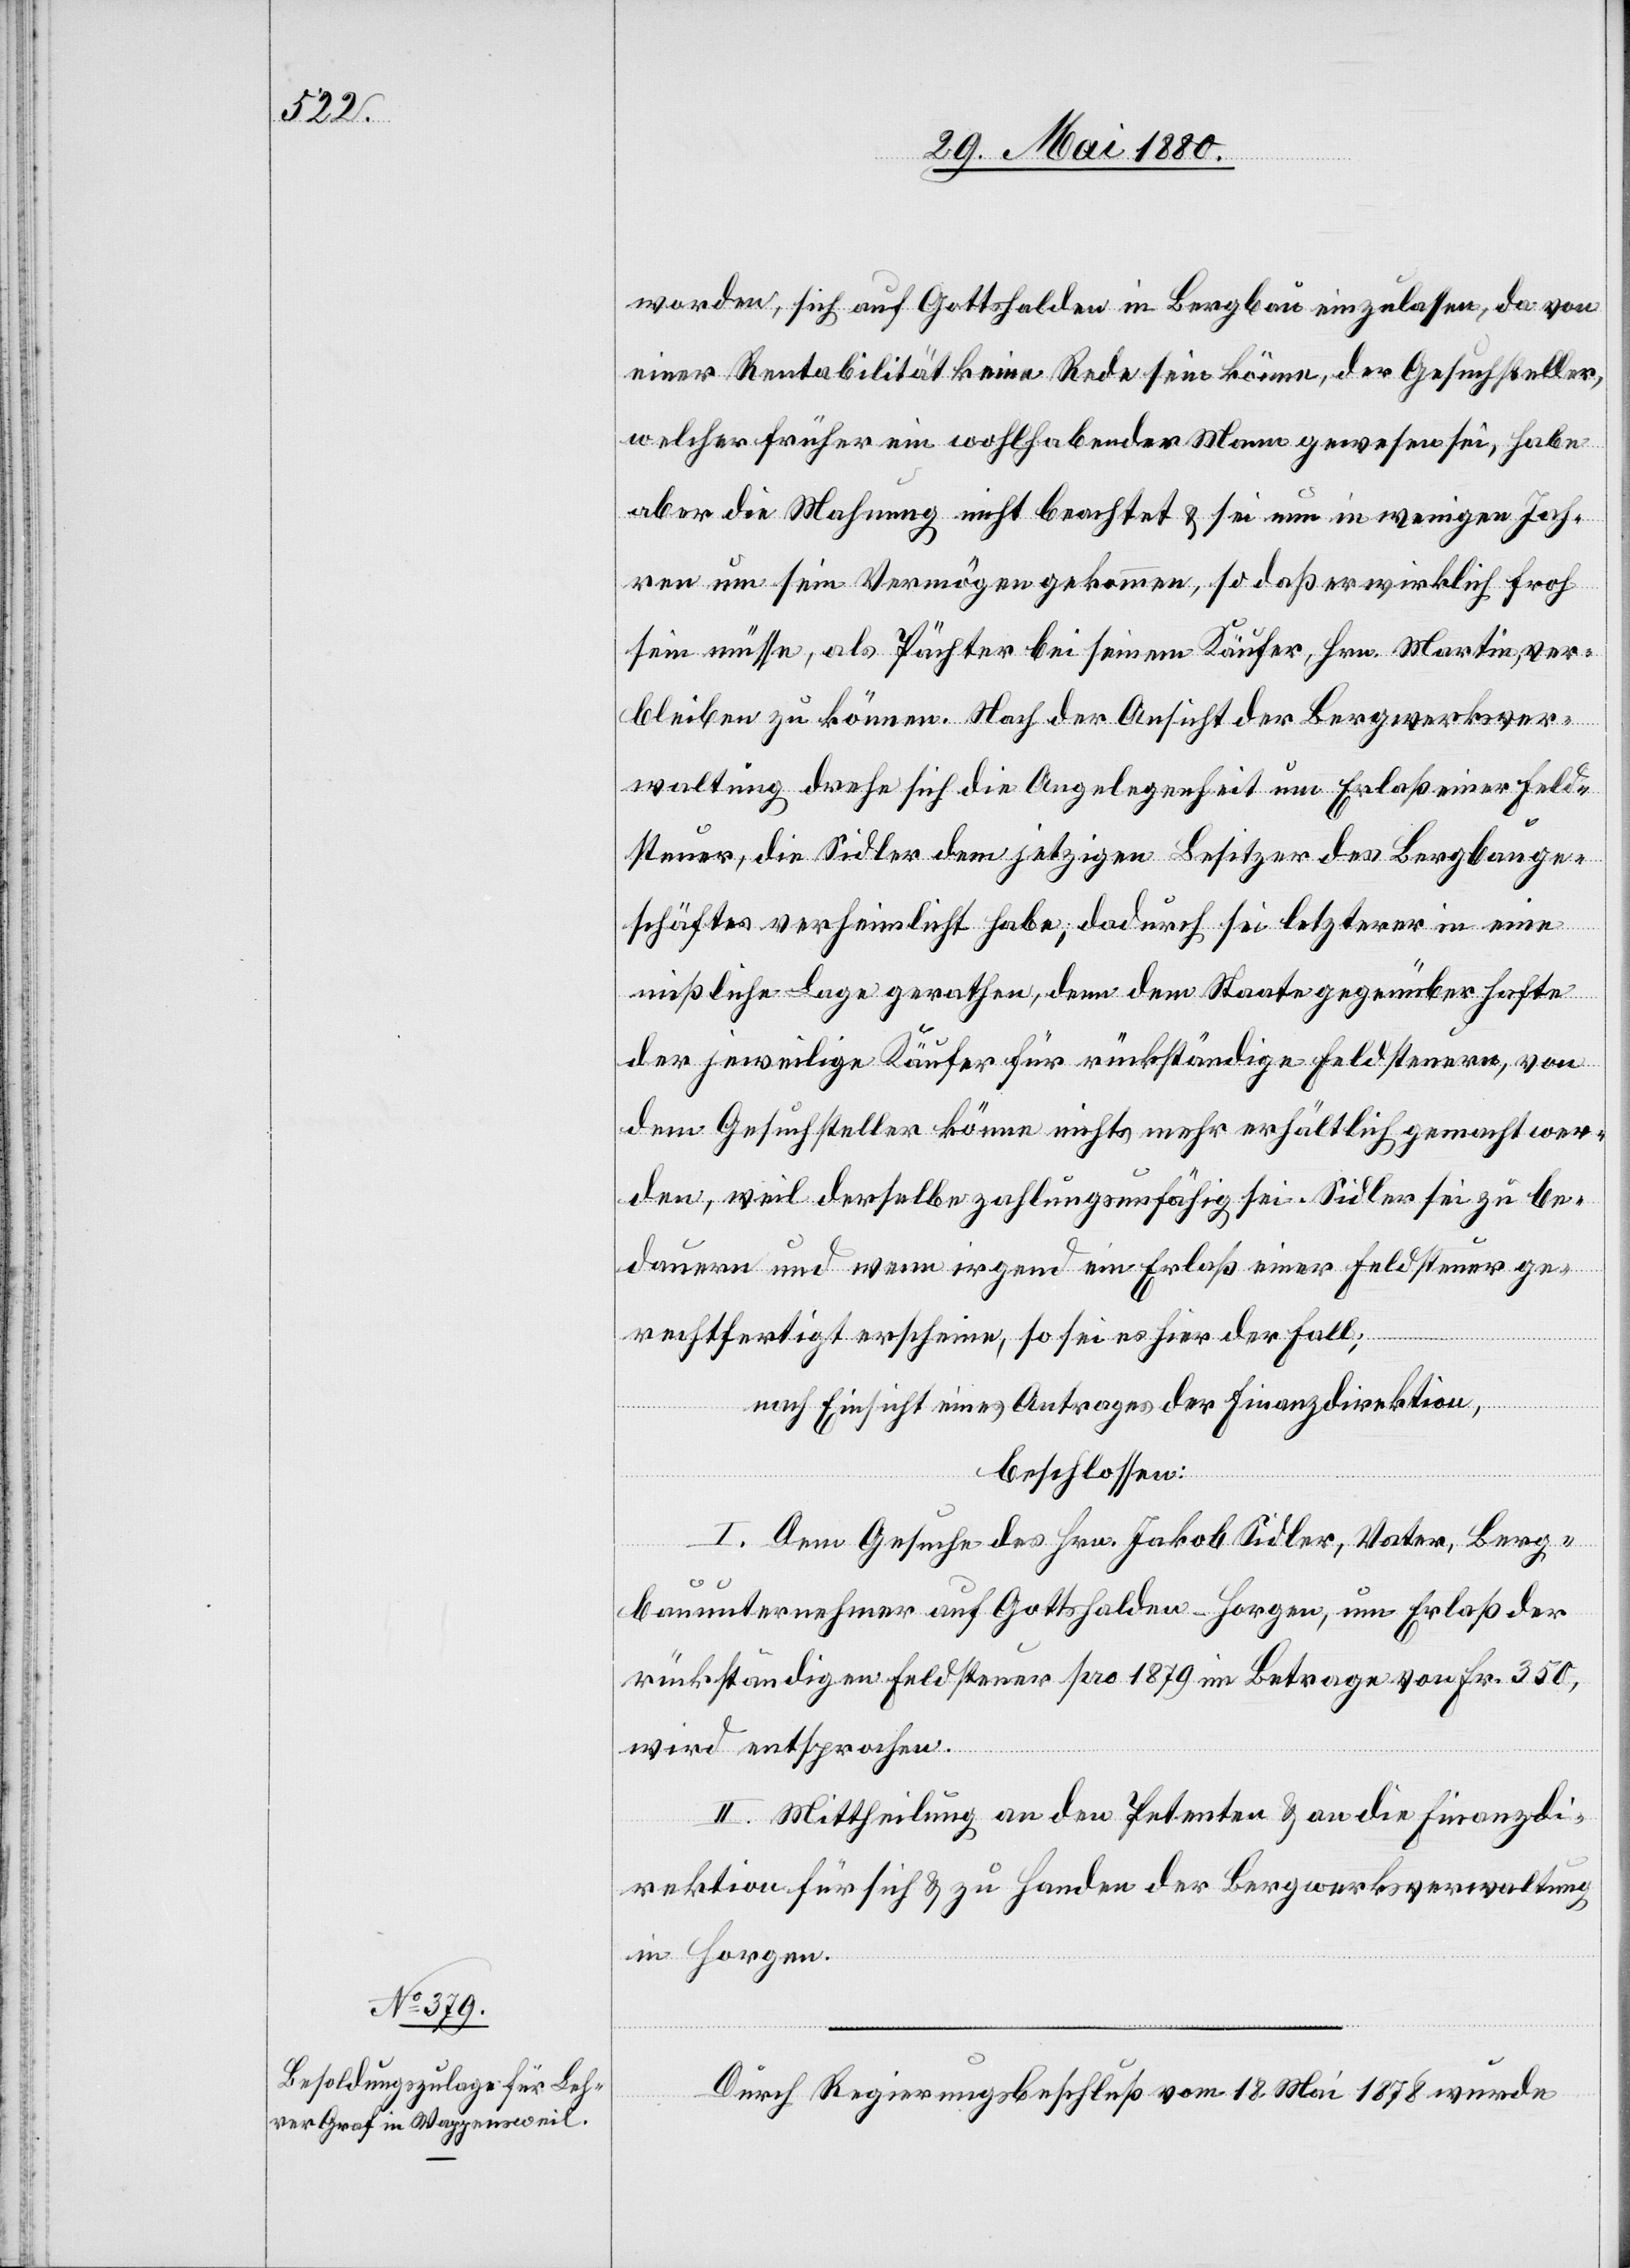
worden, sich auf Gottshalden in Bergbau einzulassen, da von
einer Rentabilität keine Rede sein könne, der Gesuchsteller,
welcher früher ein wohlhabender Mann gewesen sei, habe
aber die Mahnung nicht beachtet & sei nun in wenigen Jah¬
ren um sein Vermögen gekommen, so daß er wirklich froh
sein müsse, als Pächter bei seinem Käufer, Hrn. Martin, ver¬
bleiben zu können. Nach der Ansicht der Bergwerksver¬
waltung drehe sich die Angelegenheit um Erlaß einer Feld¬
steuer, die Sidler dem jetzigen Besitzer des Bergbauge¬
schäftes verheimlicht habe, dadurch sei letzterer in eine
mißliche Lage gerathen, denn dem Staate gegenüber hafte
der jeweilige Käufer für rückständige Feldsteuern, von
dem Gesuchsteller könne nichts mehr erhältlich gemacht wer¬
den, weil derselbe zahlungsunfähig sei. Sidler sei zu be¬
dauern und wenn irgend ein Erlaß einer Feldsteuer ge¬
rechtfertigt erscheine, so sei es hier der Fall;
nach Einsicht eines Antrages der Finanzdirektion,
beschlossen:
I. Dem Gesuche des Hrn. Jakob Sidler, Vater, Berg¬
bauunternehmer auf Gottshalden - Horgen, um Erlaß der
rückständigen Feldsteuer pro 1879 im Betrage von Fr. 350,
wird entsprochen.
II. Mittheilung an den Petenten & an die Finanzdi¬
rektion für sich & zu Handen der Bergwerksverwaltung
in Horgen.
Durch Regierungsbeschluß vom 18. Ami 1878 wurde